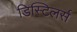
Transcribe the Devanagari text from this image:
डिस्टिलर्स